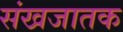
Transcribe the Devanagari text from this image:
संखजातक